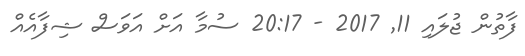
ފާތުން ޖުލައި 11